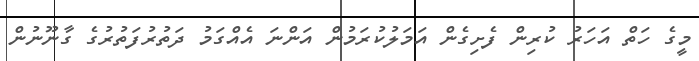
މީގެ ހަތް އަހަރު ކުރިން ފެށިގެން އަމަލުކުރަމުން އަންނަ އެއްގަމު ދަތުރުފަތުރުގެ ގާނޫނުން